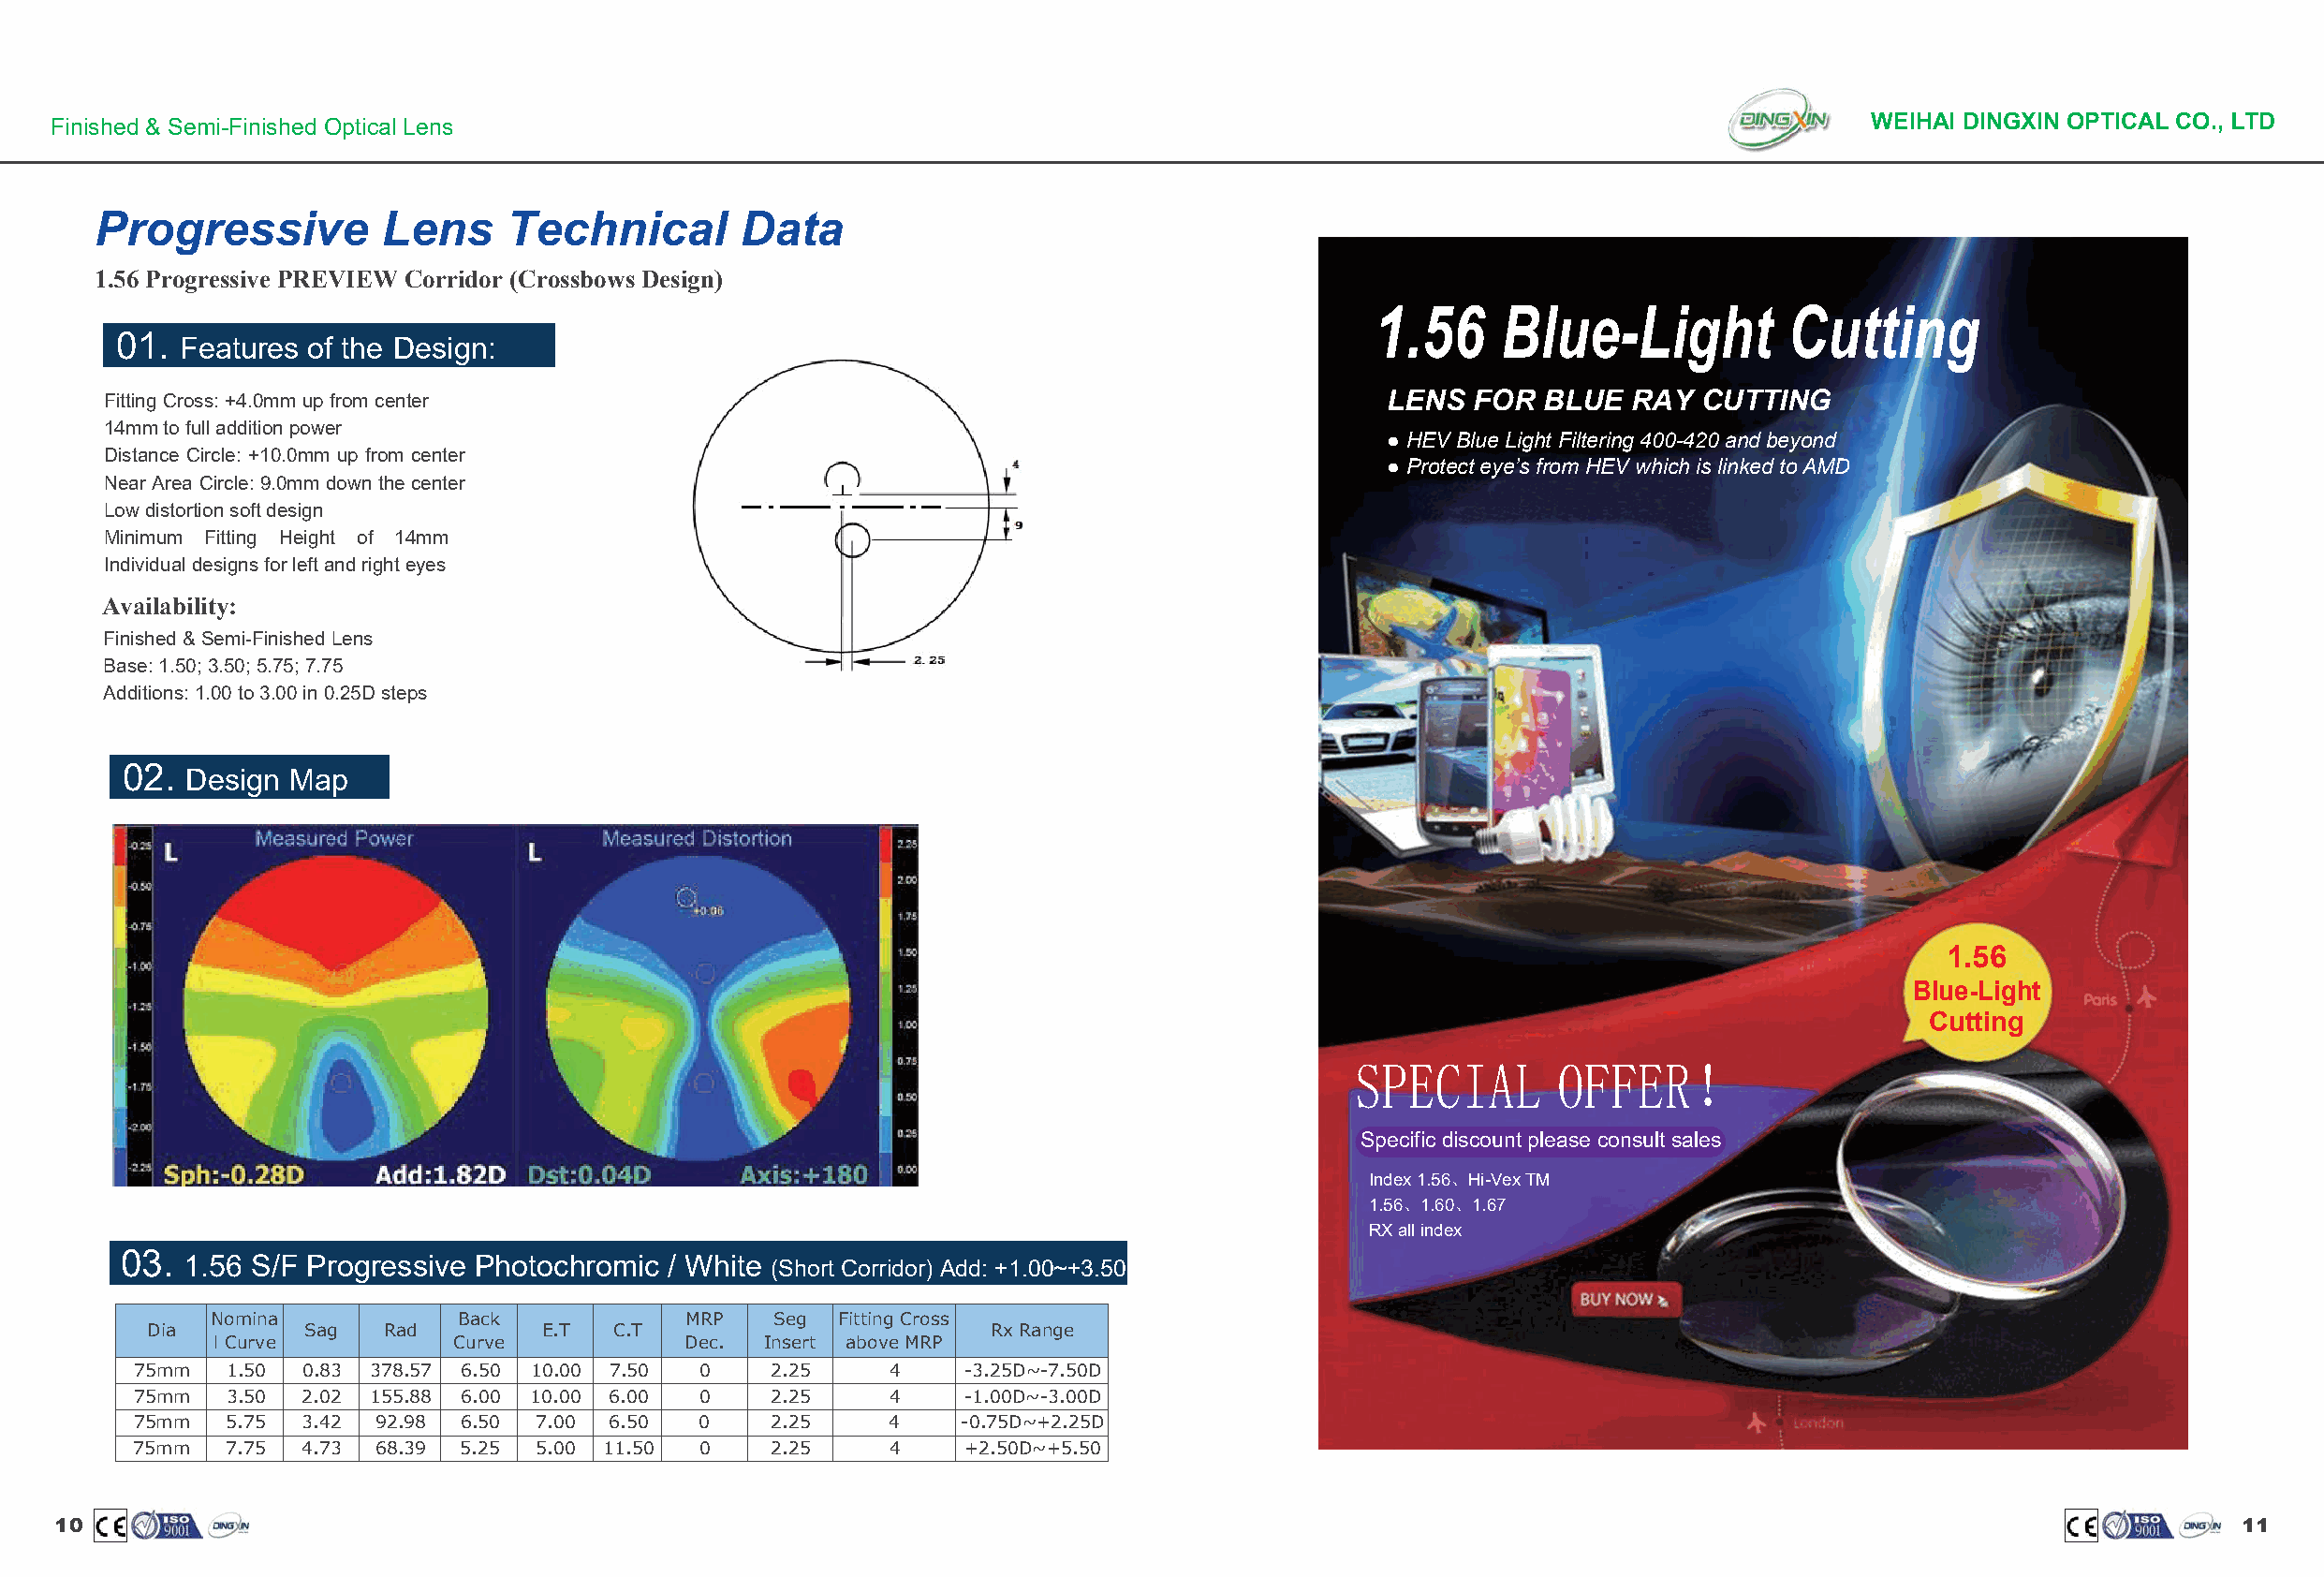
Finished & Semi-Finished Optical Lens                                                                                           WEIHAI DINGXIN OPTICAL CO., LTD
 Progressive         Lens     Technical       Data
 1.56 Progressive PREVIEW Corridor (Crossbows Design)
 1.56     Blue-Light          Cutting
 01.  Features of the Design:
 Fitting Cross: +4.0mm up from center                                                       LENS  FOR  BLUE  RAY  CUTTING
 14mmtofulladditionpower
 ● HEVBlue Light Filtering400-420andbeyond
 Distance Circle: +10.0mm up from center
 ● Protecteye’s fromHEV whichis linked toAMD
 Near Area Circle: 9.0mmdown thecenter
 Lowdistortionsoftdesign
 Minimum Fitting Height of 14mm
 Individualdesignsforleftandrighteyes
 Availability:
 Finished&Semi-FinishedLens
 Base:1.50;3.50;5.75;7.75
 Additions:1.00to3.00in0.25Dsteps
 02. Design Map
 1.56
 Blue-Light
 Cutting
 SPECIAL       OFFER！
 Specificdiscount please consult sales
 Index1.56、Hi-VexTM
 1.56、1.60、1.67
 RXallindex
 03. 1.56 S/F Progressive Photochromic / White (Short Corridor) Add: +1.00~+3.50
 Nomina           Back            MRP    Seg Fitting Cross
 Dia         Sag  Rad        E.T  C.T                        Rx Range
 l Curve          Curve           Dec.  Insert above MRP
 75mm   1.50 0.83 378.57 6.50 10.00 7.50 0    2.25     4    -3.25D~-7.50D
 75mm   3.50 2.02 155.88 6.00 10.00 6.00 0    2.25     4    -1.00D~-3.00D
 75mm   5.75 3.42  92.98 6.50 7.00 6.50  0    2.25     4    -0.75D~+2.25D
 75mm   7.75 4.73  68.39 5.25 5.00 11.50 0    2.25     4    +2.50D~+5.50
 10                                                                                                                                                        11